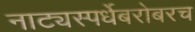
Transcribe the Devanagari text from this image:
नाट्यस्पर्धेबरोबरच